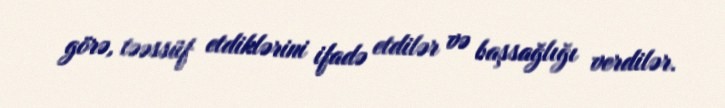
görə, təəssüf etdiklərini ifadə etdilər və başsağlığı verdilər.